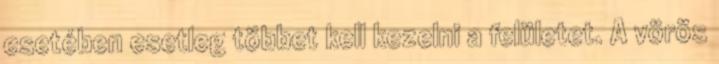
esetében esetleg többet kell kezelni a felületet. A vörös